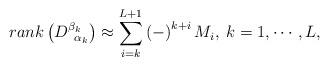
LaTeX: \begin{align*}rank\left( D_{\;\;\alpha _k}^{\beta _k}\right) \approx\sum\limits_{i=k}^{L+1}\left( -\right) ^{k+i}M_i,\;k=1,\cdots ,L,\end{align*}